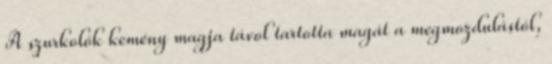
A szurkolók kemény magja távol tartotta magát a megmozdulástól,